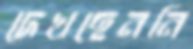
দেখছেননি